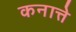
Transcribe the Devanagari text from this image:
कनात्ते